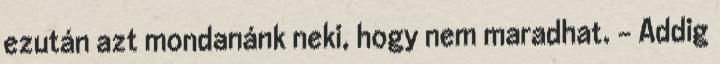
ezután azt mondanánk neki, hogy nem maradhat. - Addig